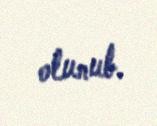
olunub.